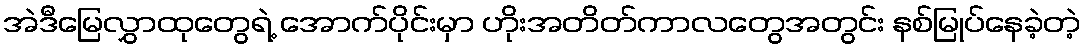
အဲဒီမြေလွှာထုတွေရဲ့ အောက်ပိုင်းမှာ ဟိုးအတိတ်ကာလတွေအတွင်း နစ်မြုပ်နေခဲ့တဲ့